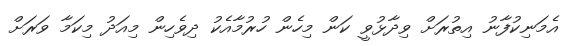
އެމަނިކުފާނު އިތުރަށް ވިދާޅުވީ ކަން މިހެން ހުރުމާއެކު ދިވެހިން މިއަދު މިކަމާ ވަރަށް